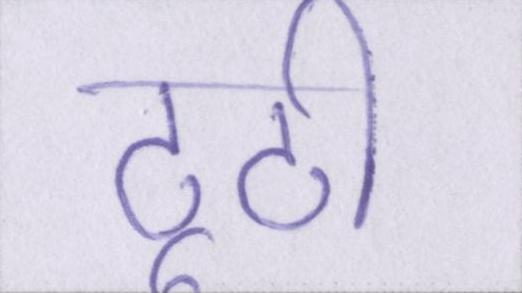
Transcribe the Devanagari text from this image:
टूटी